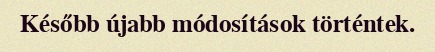
Később újabb módosítások történtek.